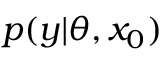
p ( y | \theta , x _ { 0 } )